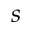
s